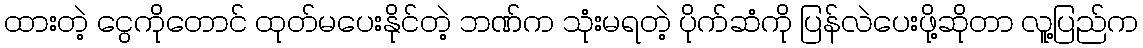
ထားတဲ့ ငွေကိုတောင် ထုတ်မပေးနိုင်တဲ့ ဘဏ်က သုံးမရတဲ့ ပိုက်ဆံကို ပြန်လဲပေးဖို့ဆိုတာ လူ့ပြည်က